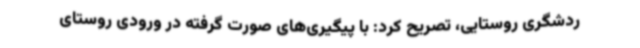
ردشگری روستایی، تصریح کرد: با پیگیری‌های صورت گرفته در ورودی روستای